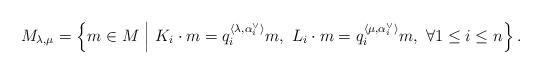
LaTeX: \begin{align*} M_{\lambda,\mu}=\left\{m\in M \ \middle\vert\ K_i\cdot m=q_i^{\langle\lambda,\alpha_i^\vee\rangle}m,\ L_i\cdot m=q_i^{\langle\mu,\alpha_i^\vee\rangle}m,\ \forall 1\leq i\leq n\right\}.\end{align*}